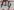
Text: D5